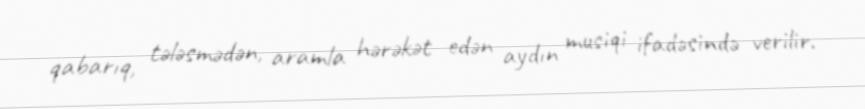
qabarıq, tələsmədən, aramla hərəkət edən aydın musiqi ifadəsində verilir.